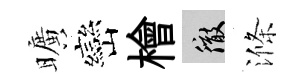
曠巒檜徹滌